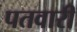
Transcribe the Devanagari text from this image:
पतवारी